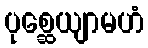
ပုစ္ဆေယျာမဟံ